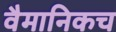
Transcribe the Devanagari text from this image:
वैमानिकच